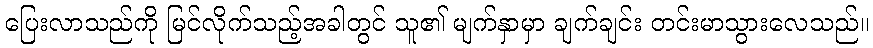
ပြေးလာသည်ကို မြင်လိုက်သည့်အခါတွင် သူ၏ မျက်နှာမှာ ချက်ချင်း တင်းမာသွားလေသည်။